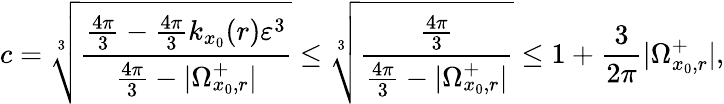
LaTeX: c=\sqrt[3]{\frac{\frac{4\pi}{3}-\frac{4\pi}{3}k_{x_{0}}(r)\varepsilon^{3}}{\frac{4\pi}{3}-|\Omega_{x_{0},r}^{+}|}}\leq\sqrt[3]{\frac{\frac{4\pi}{3}}{\frac{4\pi}{3}-|\Omega_{x_{0},r}^{+}|}}\leq 1+\frac{3}{2\pi}|\Omega_{x_{0},r}^{+}|,